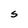
Character: S